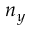
n _ { y }